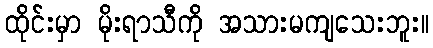
ထိုင်းမှာ မိုးရာသီကို အသားမကျသေးဘူး။